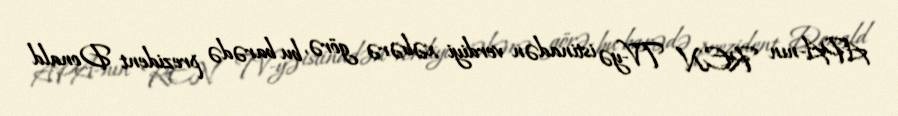
APA-nın REN TV-yə istinadən verdiyi xəbərə görə, bu barədə prezident Donald